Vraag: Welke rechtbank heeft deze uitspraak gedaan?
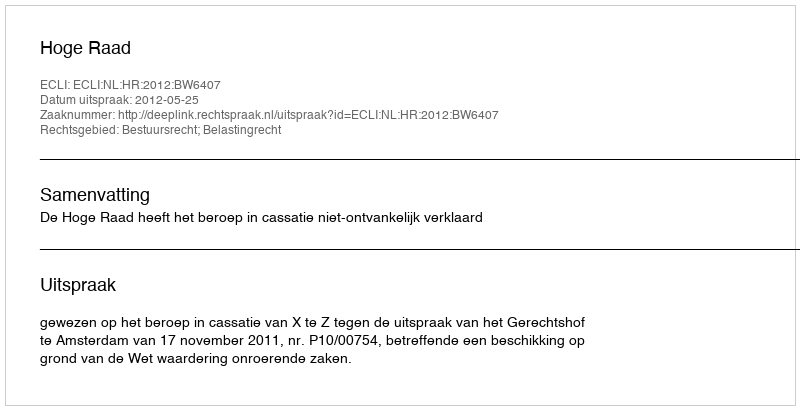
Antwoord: Hoge Raad